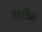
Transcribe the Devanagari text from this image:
हार्सटेल